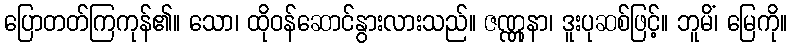
ပြောတတ်ကြကုန်၏။ သော၊ ထိုဝန်ဆောင်နွားလားသည်။ ဇဏ္ဏုနာ၊ ဒူးပုဆစ်ဖြင့်။ ဘူမိံ၊ မြေကို။